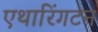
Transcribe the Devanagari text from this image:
एथारिंगटन